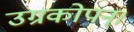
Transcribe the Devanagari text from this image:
उग्रकोपन्।